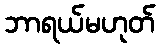
ဘာရယ်မဟုတ်